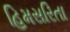
હિમસરિતા